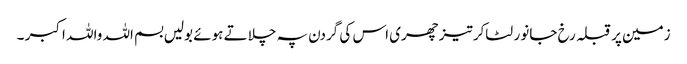
زمین پر قبلہ رخ جانور لٹاکر تیزچھری اس کی گردن پہ چلاتے ہوئے بولیں بسم اللہ واللہ اکبر ۔